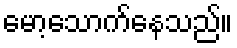
မော့သောက်နေသည်။